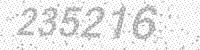
Solution: 235216